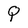
Character: Q